Report of an investigation into the causes of the diseases known in Assam as Kála-Azár and Beri-Beri
Disease focus: Beri-Beri
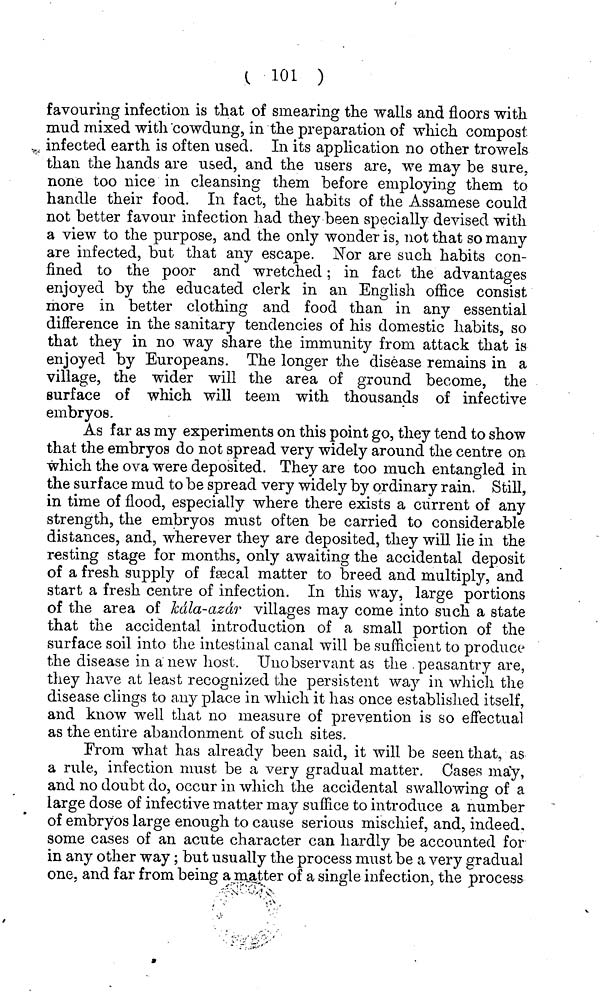
( 101 )
favouring infection is that of smearing the walls and floors with
mud mixed with cowdung, in the preparation of which compost
infected earth is often used. In its application no other trowels
than the hands are used, and the users are, we may be sure.
none too nice in cleansing them before employing them to
handle their food. In fact, the habits of the Assamese could
not better favour infection had they been specially devised with
a view to the purpose, and the only wonder is, not that so many
are infected, but that any escape. Nor are such habits con-
fined to the poor and wretched; in fact the advantages
enjoyed by the educated clerk in an English office consist
more in better clothing and food than in any essential
difference in the sanitary tendencies of his domestic habits, so
that they in no way share the immunity from attack that is
enjoyed by Europeans. The longer the disease remains in a
village, the wider will the area of ground become, the
surface of which will teem with thousands of infective
embryos.
As far as my experiments on this point go, they tend to show
that the embryos do not spread very widely around the centre on
which the ova were deposited. They are too much entangled in
the surface mud to be spread very widely by ordinary rain. Still,
in time of flood, especially where there exists a current of any
strength, the embryos must often be carried to considerable
distances, and, wherever they are deposited, they will lie in the
resting stage for months, only awaiting the accidental deposit
of a fresh supply of fsecal matter to breed and multiply, and
start a fresh centre of infection. In this way, large portions
of the area of Jcdla-azdr villages may come into such a state
that the accidental introduction of a small portion of the
surface soil into the intestinal canal will be sufficient to produce
the disease in a new host. Unobservant as the peasantry are,
they have at least recognized the persistent way in which the
disease clings to any place in which it has once established itself,
and know well that no measure of prevention is so effectual
as the entire abandonment of such sites.
From what has already been said, it will be seen that, as
a rule, infection must be a very gradual matter. Cases may,
and no doubt do, occur in which the accidental swallowing of a
large dose of infective matter may suffice to introduce a number
of embryos large enough to cause serious mischief, and, indeed,
some cases of an acute character can hardly be accounted for
in any other way; but usually the process must be a very gradual
one, and far from being a matter of a single infection, the process